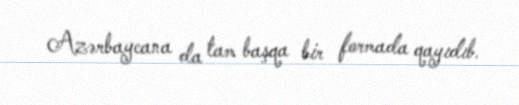
Azərbaycana da tam başqa bir formada qayıdıb.